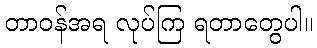
တာဝန်အရ လုပ်ကြ ရတာတွေပါ။